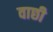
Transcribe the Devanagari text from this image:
वाछी